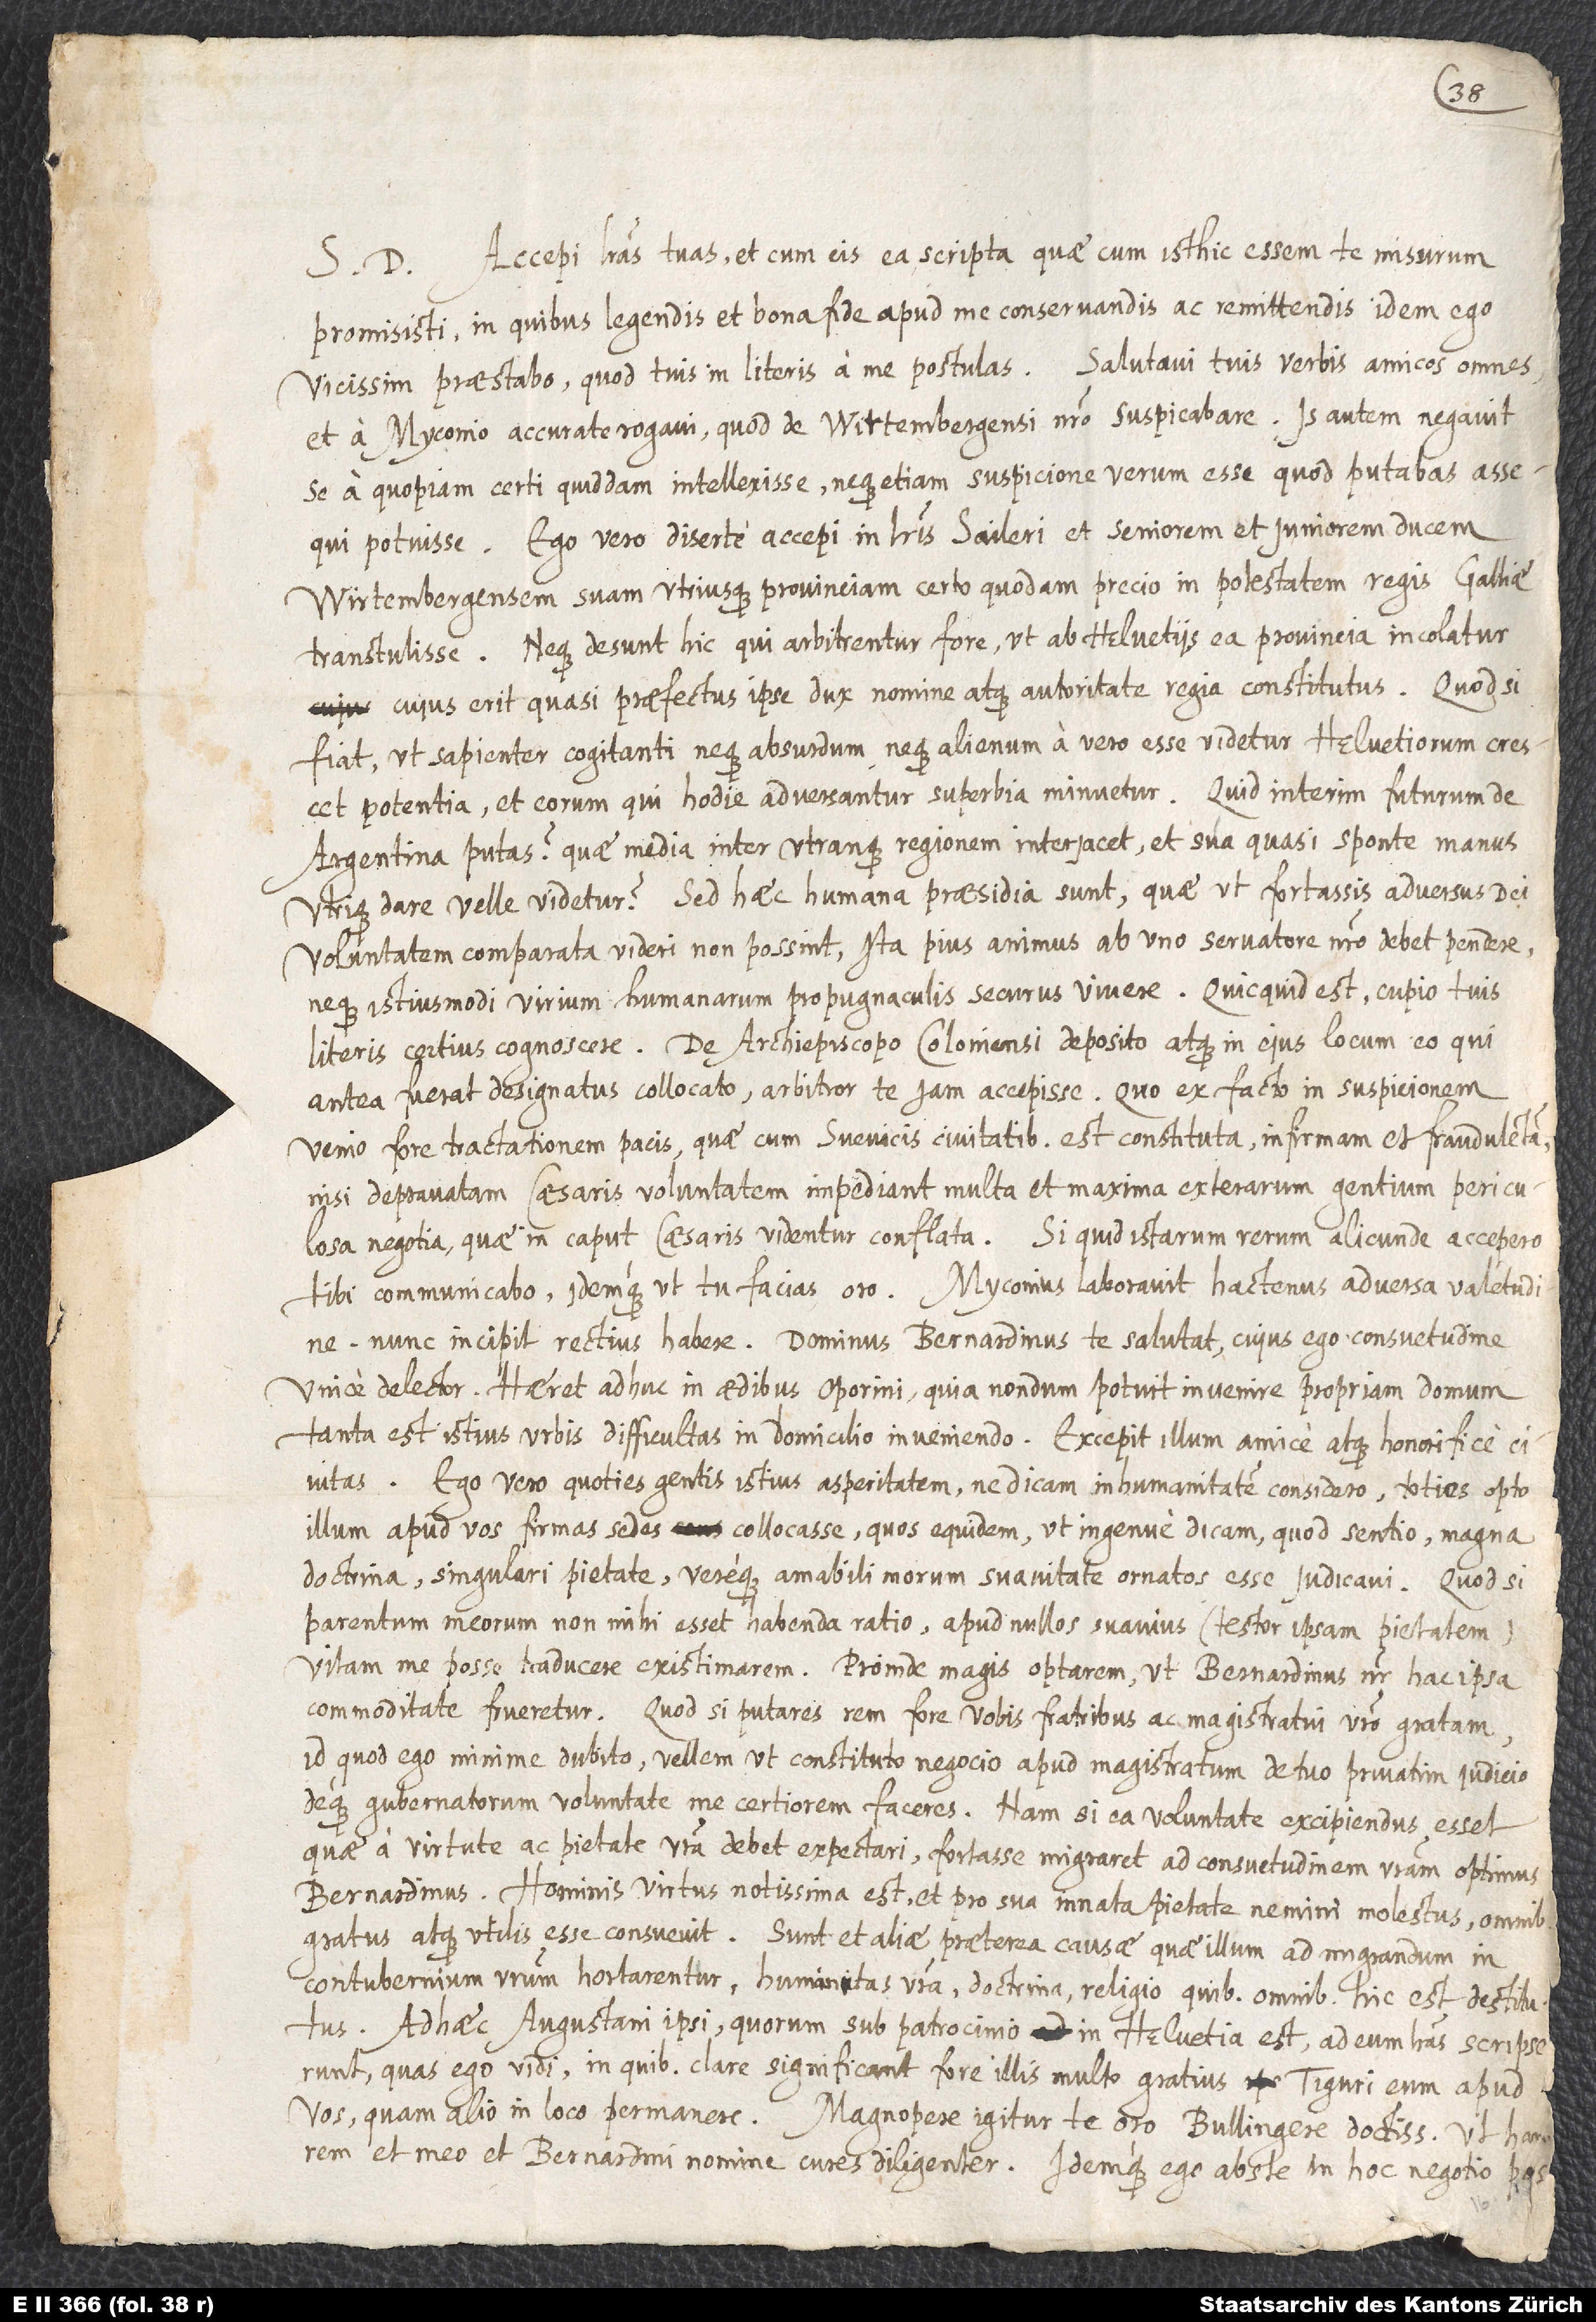
S. D. Accepi literas tuas et cum eis ea scripta, quae, cum isthic essem, te missurum
promisisti; in quibus legendis et bona fide apud me conservandis ac remittendis idem ego
vicissim praestabo, quod tuis in literis a me postulas. Salutavi tuis verbis amicos omnes
et a Myconio accurate rogavi, quod de Wirtembergensi nostro suspicabare. Is autem negavit
se a quopiam certi quiddam intellexisse neque etiam suspicione verum esse, quod putabas, assequi
potuisse. Ego vero diserte accepi in literis Saileri et seniorem et iuniorem ducem
Wirtenbergensem suam utriusque provinciam certo quodam precio in potestatem regis Galliae
transtulisse; neque desunt hic, qui arbitrentur fore, ut ab Helvetiis ea provincia incolatur,
cuius erit quasi praefectus ipse dux nomine atque autoritate regia constitutus. Quodsi
fiat, ut sapienter cogitanti neque absurdum neque alienum a vero esse videtur, Helvetiorum crescet
potentia, et eorum, qui hodie adversantur, superbia minuetur. Quid interim futurum de
Argentina putas, quae media inter utranque regionem interiacet et sua quasi sponte manus
utrique dare velle videtur? Sed haec humana praesidia sunt, quae ut fortassis adversus dei
voluntatem comparata videri non possint, ita pius animus ab uno servatore nostro debet pendere
neque istiusmodi virium humanarum propugnaculis securus vivere. Quicquid est, cupio tuis
literis certius cognoscere. De archiepiscopo Coloniensi deposito atque in eius locum eo, qui
antea fuerat designatus collocato arbitror te iam accepisse. Quo ex facto in suspicionem
venio fore tractationem pacis, quae cum Suevicis civitatibus est constituta, infirmam et fraudulentam,
nisi depravatam Caesaris voluntatem impediant multa et maxima exterarum gentium periculosa
negotia, quae in caput caesaris videntur conflata. Si quid istarum rerum alicunde accepero,
tibi communicabo, idemque ut tu facias, oro. Myconius laboravit hactenus adversa valetudine,
nunc incipit rectius habere. Dominus Bernardinus te salutat, cuius ego consuetudine
unice delector; haeret adhuc in aedibus Oporini, quia nondum potuit invenire propriam domum;
tanta est istius urbis difficultas in domicilio inveniendo. Excepit illum amice atque honorifice
civitas. Ego vero quoties gentis istius asperitatem, ne dicam inhumanitatem considero, toties opto
illum apud vos firmas sedes collocasse, quos equidem, ut ingenue dicam, quod sentio, magna
doctrina, singulari pietate vereque amabili morum suavitate ornatos esse iudicavi. Quodsi
parentum meorum non mihi esset habenda ratio, apud nullos suavius (testor ipsam pietatem)
vitam me posse traducere existimarem. Proinde magis optarem, ut Bernardinus noster hac ipsa
commoditate frueretur. Quodsi putares rem fore vobis fratribus ac magistratui vestro gratam,
id quod ego minime dubito, vellem, ut constituto negocio apud magistratum de tuo privatim iudicio
deque gubernatorum voluntate me certiorem faceres. Nam si ea voluntate excipiendus esset,
quae a virtute ac pietate vestra debet expectari, fortasse migraret ad consuetudinem vestram optimus
Bernardinus. Hominis virtus notissima est et pro sua innata pietate nemini molestus, omnibus
gratus atque utilis esse consuevit. Sunt et aliae praeterea causae, quae illum ad migrandum in
contubernium vestrum hortarentur, humanitas vestra, doctrina, religio, quibus omnibus hic est destitutus.
Ad haec Augustani ipsi, quorum sub patrocinio in Helvetia est, ad eum literas scripserunt,
quas ego vidi, in quibus clare significarunt fore illis multo gratius Tiguri eum apud
vos quam alio in loco permanere. Magnopere igitur te oro, Bullingere doctissime, ut hanc
rem et meo et Bernardini nomine cures diligenter, idemque ego abs te in hoc negotio postulo,